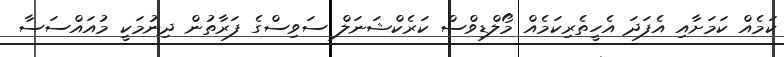
ކަމެއް ކަމަށާއި އެފަދަ އެހީތެރިކަމެއް މޯލްޑިވްސް ކަރެކްޝަނަލް ސަވިސްގެ ފަރާތުން ދިނުމަކީ މުއައްސަސާ